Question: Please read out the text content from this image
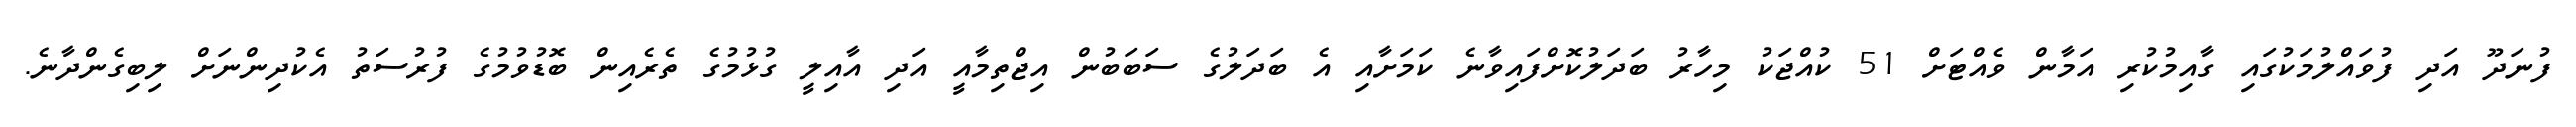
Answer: ފުނަދޫ އަދި ފުވައްލުމަކުގައި ގާއިމުކުރި އަމާން ވެއްޓަށް 51 ކުއްޖަކު މިހާރު ބަދަލުކޮށްފައިވާނެ ކަމަށާއި އެ ބަދަލުގެ ސަބަބުން އިޖްތިމާއީ އަދި އާއިލީ ގުޅުމުގެ ތެރެއިން ބޮޑުވުމުގެ ފުރުސަތު އެކުދިންނަށް ލިބިގެންދާނެ.